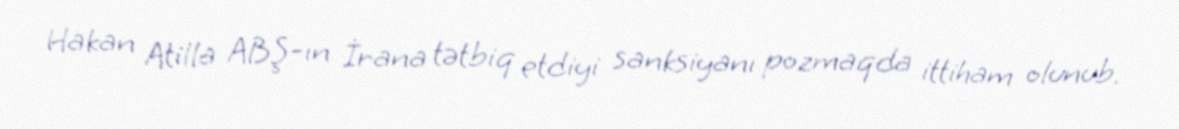
Hakan Atilla ABŞ-ın İrana tətbiq etdiyi sanksiyanı pozmaqda ittiham olunub.